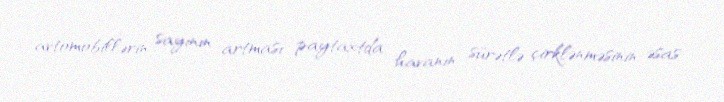
avtomobillərin sayının artması paytaxtda havanın sürətlə çirklənməsinin əsas